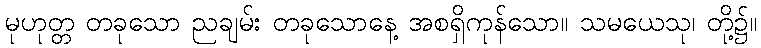
မုဟုတ္တ တခုသော ညချမ်း တခုသောနေ့ အစရှိကုန်သော။ သမယေသု၊ တို့၌။